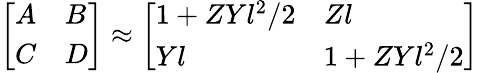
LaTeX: \begin{array}{r}{\left[\begin{array}{ll}{A}&{B}\\ {C}&{D}\end{array}\right]\approx\left[\begin{array}{ll}{1+ZYl^{2}/2}&{Zl}\\ {Yl}&{1+ZYl^{2}/2}\end{array}\right]}\end{array}